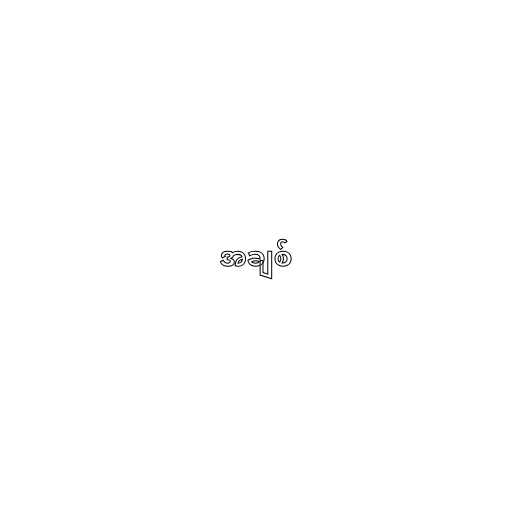
အချစ်